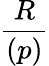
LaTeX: \frac{R}{(p)}